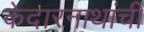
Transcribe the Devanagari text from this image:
केदारनाथांची